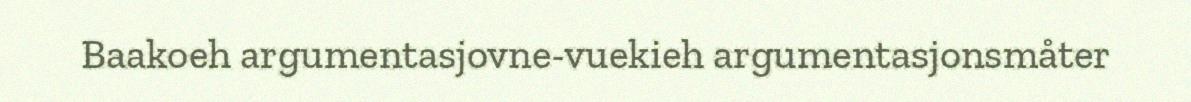
Baakoeh argumentasjovne-vuekieh argumentasjonsmåter